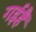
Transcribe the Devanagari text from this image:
गईहैं